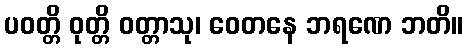
ပဝတ္တိ ဝုတ္တိ ဝတ္တာသု၊ ဝေတနေ ဘရဏေ ဘတိ။